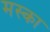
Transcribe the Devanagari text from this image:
मस्का